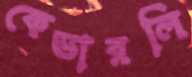
কেভারলি